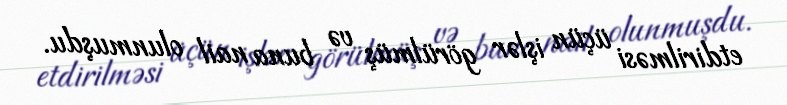
etdirilməsi üçün işlər görülmüş və buna nail olunmuşdu.